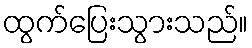
ထွက်ပြေးသွားသည်။